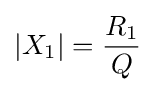
\left\vert X_{1}\right\vert ={\frac {R_{1}}{Q}}